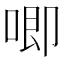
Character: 唧